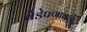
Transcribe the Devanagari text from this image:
वेडेपणाकडे